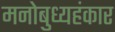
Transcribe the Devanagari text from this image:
मनोबुध्यहंकार